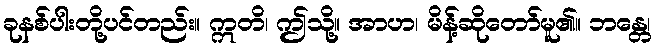
ခုနစ်ပါးတို့ပင်တည်း။ ဣတိ၊ ဤသို့။ အာဟ၊ မိန့်ဆိုတော်မူ၏။ ဘန္တေ၊